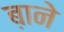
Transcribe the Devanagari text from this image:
ब़ाने